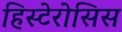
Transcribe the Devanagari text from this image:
हिस्टेरोसिस